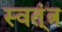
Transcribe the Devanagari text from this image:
स्वत्ंत्र